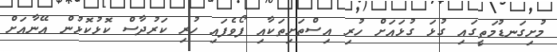
މުށިގަނޑުމަތީގައި ގުޅަ ގުޅައަށް ހުރި އިސްތަށިތަކާއި ފޯވެފައި ހުރި ކަރުދާސް ކޮޅުކޮޅުން އޭނާއަށް